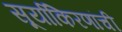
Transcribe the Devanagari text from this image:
सूर्याकिरणांची